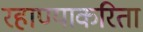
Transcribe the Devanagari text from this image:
रहाण्याकरिता